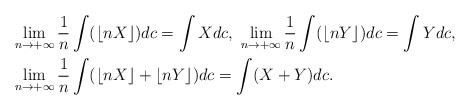
LaTeX: \begin{align*}&\lim_{n\rightarrow+ \infty} \frac{1}{n} \int (\lfloor nX \rfloor )dc =\int X dc, \ \lim_{n\rightarrow+ \infty} \frac{1}{n} \int (\lfloor nY \rfloor )dc =\int Y dc,\\& \lim_{n\rightarrow+ \infty} \frac{1}{n} \int (\lfloor nX \rfloor +\lfloor nY \rfloor )dc =\int (X+Y) dc.\end{align*}